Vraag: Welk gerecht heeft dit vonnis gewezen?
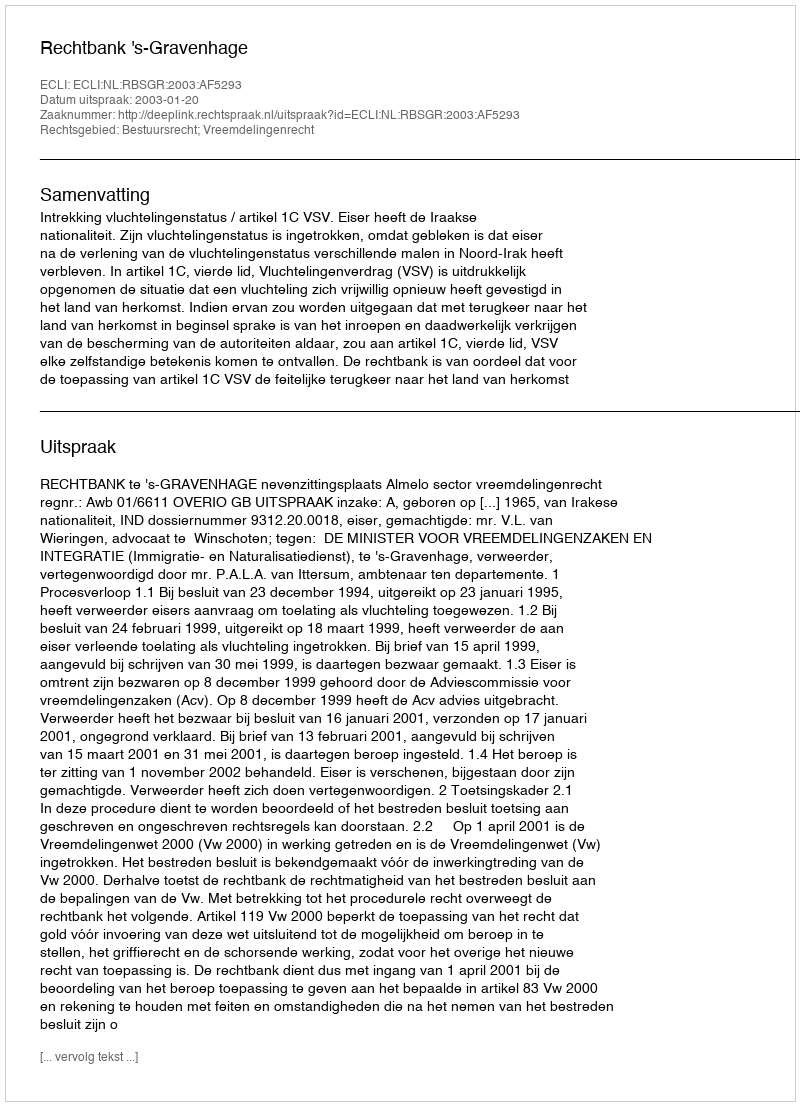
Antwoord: Rechtbank 's-Gravenhage